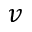
v